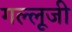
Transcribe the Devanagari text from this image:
गल्लूजी